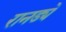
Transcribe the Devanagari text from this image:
रानड्ये